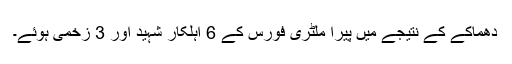
دھماکے کے نتیجے میں پیرا ملٹری فورس کے 6 اہلکار شہید اور 3 زخمی ہوئے۔